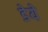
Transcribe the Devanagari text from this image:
डेये